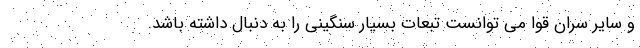
و سایر سران قوا می توانست تبعات بسیار سنگینی را به دنبال داشته باشد.